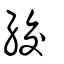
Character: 絞